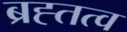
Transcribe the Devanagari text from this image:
ब्रह्तत्व